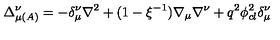
\Delta _ { \mu \left( A \right) } ^ { \nu } = - \delta _ { \mu } ^ { \nu } \nabla ^ { 2 } + ( 1 - \xi ^ { - 1 } ) \nabla _ { \mu } \nabla ^ { \nu } + q ^ { 2 } \phi _ { c l } ^ { 2 } \delta _ { \mu } ^ { \nu }